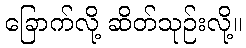
ခြောက်လို့ ဆိတ်သုဉ်းလို့။